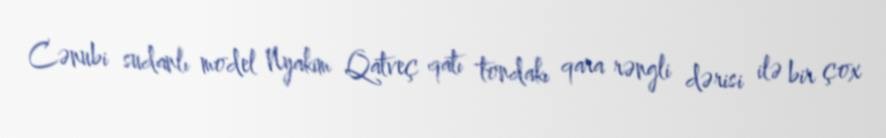
Cənubi sudanlı model Nyakim Qatveç qatı tondakı qara rəngli dərisi ilə bir çox